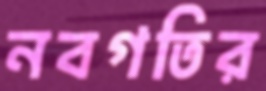
নবগতির